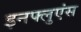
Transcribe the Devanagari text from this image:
इनफ्लुएंस